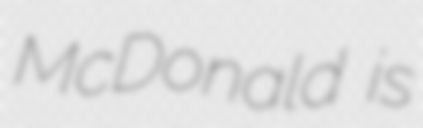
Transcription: McDonald is